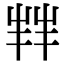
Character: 𫵮